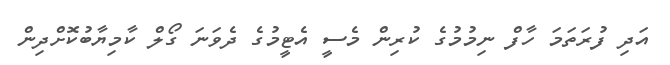
އަދި ފުރަތަމަ ހާފް ނިމުމުގެ ކުރިން މެސީ އެޓީމުގެ ދެވަނަ ގޯލް ކާމިޔާބުކޮށްދިން